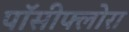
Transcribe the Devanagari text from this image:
पॉसीफ्लोरा